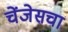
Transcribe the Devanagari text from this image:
चेंजेसचा